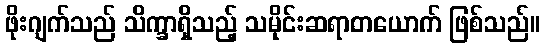
ဖိုးဂျက်သည် သိက္ခာရှိသည့် သမိုင်းဆရာတယောက် ဖြစ်သည်။